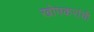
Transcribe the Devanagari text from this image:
खोपकरांची